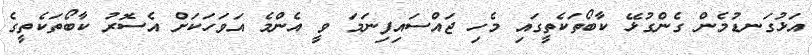
އަޅުގަނޑުމެން ގެންގުޅޭ ކާބޯތަކެތީގައި މެހި ޖައްސައިފިނަމަ ވީ އެންމެ އަވަހަކަށް އެސޮރު ކާބޯތަކެތީގެ